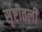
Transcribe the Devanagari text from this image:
सृष्टीतली